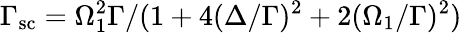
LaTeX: \Gamma_{\mathrm{sc}}=\Omega_{1}^{2}\Gamma/(1+4(\Delta/\Gamma)^{2}+2(\Omega_{1}/\Gamma)^{2})